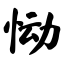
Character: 恸